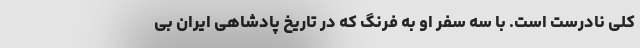
کلی نادرست است. با سه سفر او به فرنگ که در تاریخ پادشاهی ایران بی